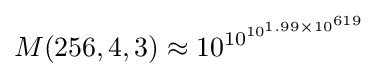
M(256,4,3)\approx 10^{\,\!10^{10^{1.99\times 10^{619}}}}